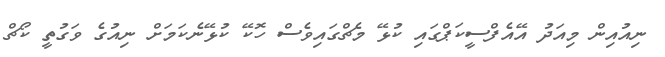
ނިއުއިން މިއަދު އޭއެފްސީކަޕްގައި ކުޅޭ މެޗްގައިވެސް ހޮކޭ ކުޅޭނެކަމަށް ނިއުގެ ވަގުތީ ކޯޗް